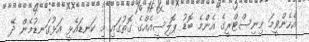
އެހެންވީމަ މިނިސްޓްރީގެ އެންމެ ބޮޑު ޕޮލިސީއެއްގެ ގޮތުގައި މި ކަނޑައެޅީ އަޅުގަނޑުމެން ދޭ